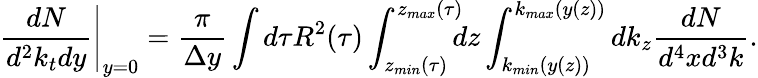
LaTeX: \left.\frac{dN}{d^{2}k_{t}dy}\right|_{y=0}=\frac{\pi}{\Delta y}\int d\tau R^{2}(\tau)\int_{z_{min}(\tau)}^{z_{max}(\tau)}\negthickspace\negthickspace dz\int_{k_{min}(y(z))}^{k_{max}(y(z))}dk_{z}\frac{dN}{d^{4}xd^{3}k}.